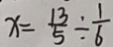
x = \frac { 1 3 } { 5 } \div \frac { 1 } { 6 }